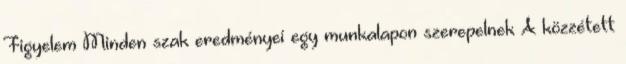
Figyelem Minden szak eredményei egy munkalapon szerepelnek A közzétett